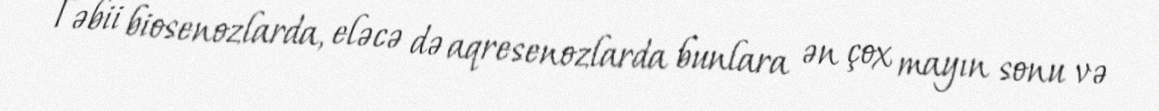
Təbii biosenozlarda, eləcə də aqresenozlarda bunlara ən çox mayın sonu və